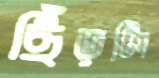
ছিঁড়লি